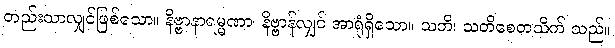
တည်းသာလျှင်ဖြစ်သော။ နိဗ္ဗာနာရမ္မဏာ၊ နိဗ္ဗာန်လျှင် အာရုံရှိသော။ သတိ၊ သတိစေတသိက် သည်။